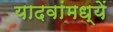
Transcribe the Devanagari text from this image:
यादवांमध्यें